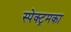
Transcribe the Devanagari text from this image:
स्पेक्ट्रमका